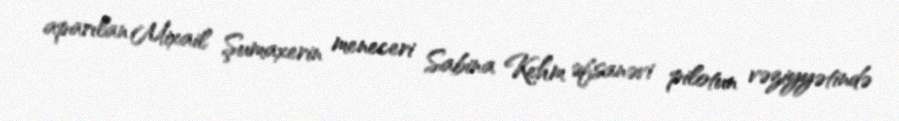
aparılan Mixail Şumaxerin meneceri Sabina Kehm əfsanəvi pilotun vəziyyətində